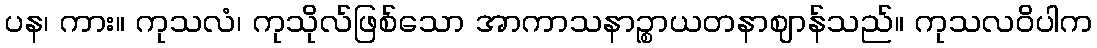
ပန၊ ကား။ ကုသလံ၊ ကုသိုလ်ဖြစ်သော အာကာသနာဉ္စာယတနာဈာန်သည်။ ကုသလဝိပါက